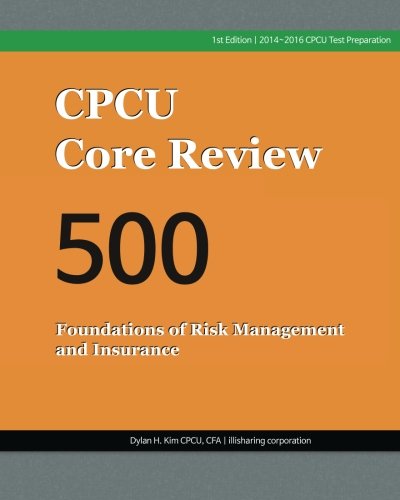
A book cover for CPCU Core Review 500, Foundations of Risk Management and Insurance; Dylan H Kim CPCU; Business & Money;